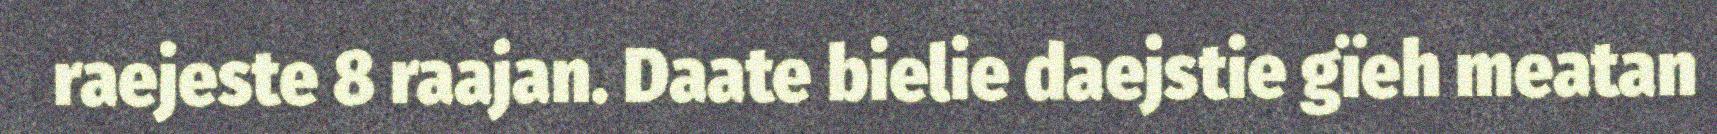
raejeste 8 raajan. Daate bielie daejstie gïeh meatan